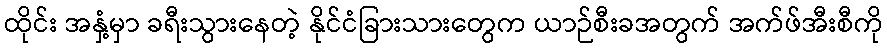
ထိုင်း အနှံ့မှာ ခရီးသွားနေတဲ့ နိုင်ငံခြားသားတွေက ယာဉ်စီးခအတွက် အက်ဖ်အီးစီကို